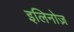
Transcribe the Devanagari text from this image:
इलिनोज़